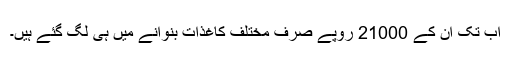
اب تک ان کے 21000 روپے صرف مختلف کاغذات بنوانے میں ہی لگ گئے ہیں۔